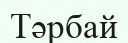
Тәрбай